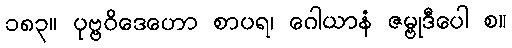
၁၈၃။ ပုဗ္ဗဝိဒေဟော စာပရ၊ ဂေါယာနံ ဇမ္ဗုဒီပေါ စ။